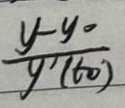
$\frac{y - y_0}{y'(x_0)}$